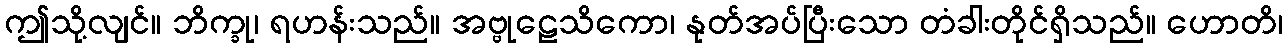
ဤသို့လျင်။ ဘိက္ခု၊ ရဟန်းသည်။ အဗ္ဗုဠေသိကော၊ နုတ်အပ်ပြီးသော တံခါးတိုင်ရှိသည်။ ဟောတိ၊